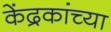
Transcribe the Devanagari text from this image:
केंद्रकांच्या